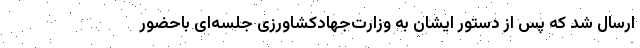
ارسال شد که پس از دستور ایشان به وزارت‌جهادکشاورزی جلسه‌ای باحضور